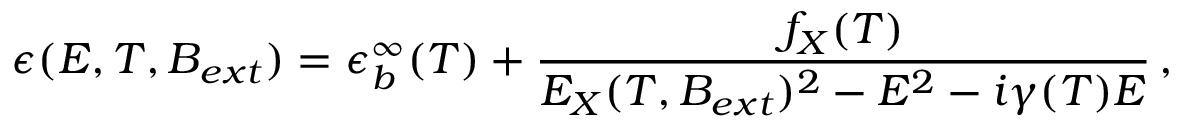
\epsilon ( E , T , \boldsymbol { B _ { e x t } } ) = \epsilon _ { b } ^ { \infty } ( T ) + \frac { f _ { X } ( T ) } { E _ { X } ( T , \boldsymbol { B _ { e x t } } ) ^ { 2 } - E ^ { 2 } - i \gamma ( T ) E } \, ,